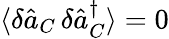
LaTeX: \langle\delta\hat{a}_{C}\, \delta\hat{a}_{C}^{\dagger}\rangle=0